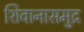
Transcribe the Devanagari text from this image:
शिवानासमुद्र